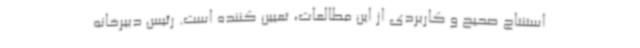
استنتاج صحیح و کاربردی از این مطالعات، تعیین کننده است. رئیس دبیرخانه